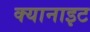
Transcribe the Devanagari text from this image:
क्यानाइट